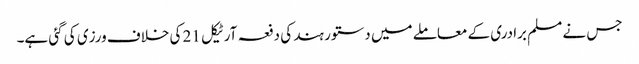
جس نے مسلم برادری کے معاملے میں دستور ہند کی دفعہ آرٹیکل 21 کی خلاف ورزی کی گئی ہے۔